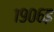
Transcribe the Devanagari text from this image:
१९०६इ